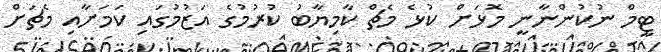
ޓީމް ނުކުންނާނީ މޮޅަށް ކުޅެ މެޗް ކާމިޔާބު ކުރުމުގެ އަޒުމުގައި ކަމަށާއި މެޗަށް